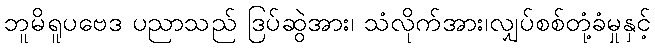
ဘူမိရူပဗေဒ ပညာသည် ဒြပ်ဆွဲအား၊ သံလိုက်အား၊လျှပ်စစ်တုံ့ခံမှုနှင့်